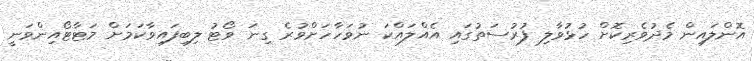
އޮންލައިން މެދުވެރިކޮށް ހުޅުވާލި ފުރުސަތުގައި އެއްލައްކަ ނުވަހާހަށްވުރެ ގިނަ ވޯޓު ލިބިފައިވާކަމަށް މަޓާޓޯއިންވަނީ